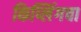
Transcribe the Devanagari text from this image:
किप्लिंगचा